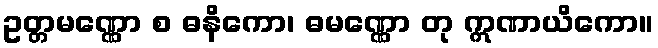
ဥတ္တမဏ္ဏော စ ဓနိကော၊ ဓမဏ္ဏော တု ဣဏာယိကော။